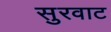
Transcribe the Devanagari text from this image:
सुरवाट